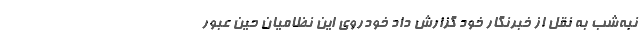
نبه‌شب به نقل از خبرنگار خود گزارش داد خودروی این نظامیان حین عبور